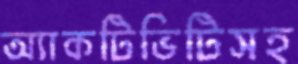
অ্যাকটিভিটিসহ